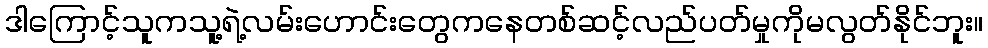
ဒါကြောင့်သူကသူ့ရဲ့လမ်းဟောင်းတွေကနေတစ်ဆင့်လည်ပတ်မှုကိုမလွတ်နိုင်ဘူး။